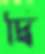
দ্বি